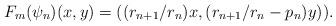
LaTeX: \begin{align*}F_m(\psi_n)(x,y)= ((r_{n+1}/r_n)x,(r_{n+1}/r_n-p_n)y)).\end{align*}